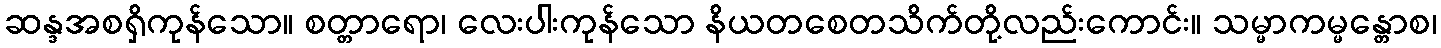
ဆန္ဒအစရှိကုန်သော။ စတ္တာရော၊ လေးပါးကုန်သော နိယတစေတသိက်တို့လည်းကောင်း။ သမ္မာကမ္မန္တောစ၊